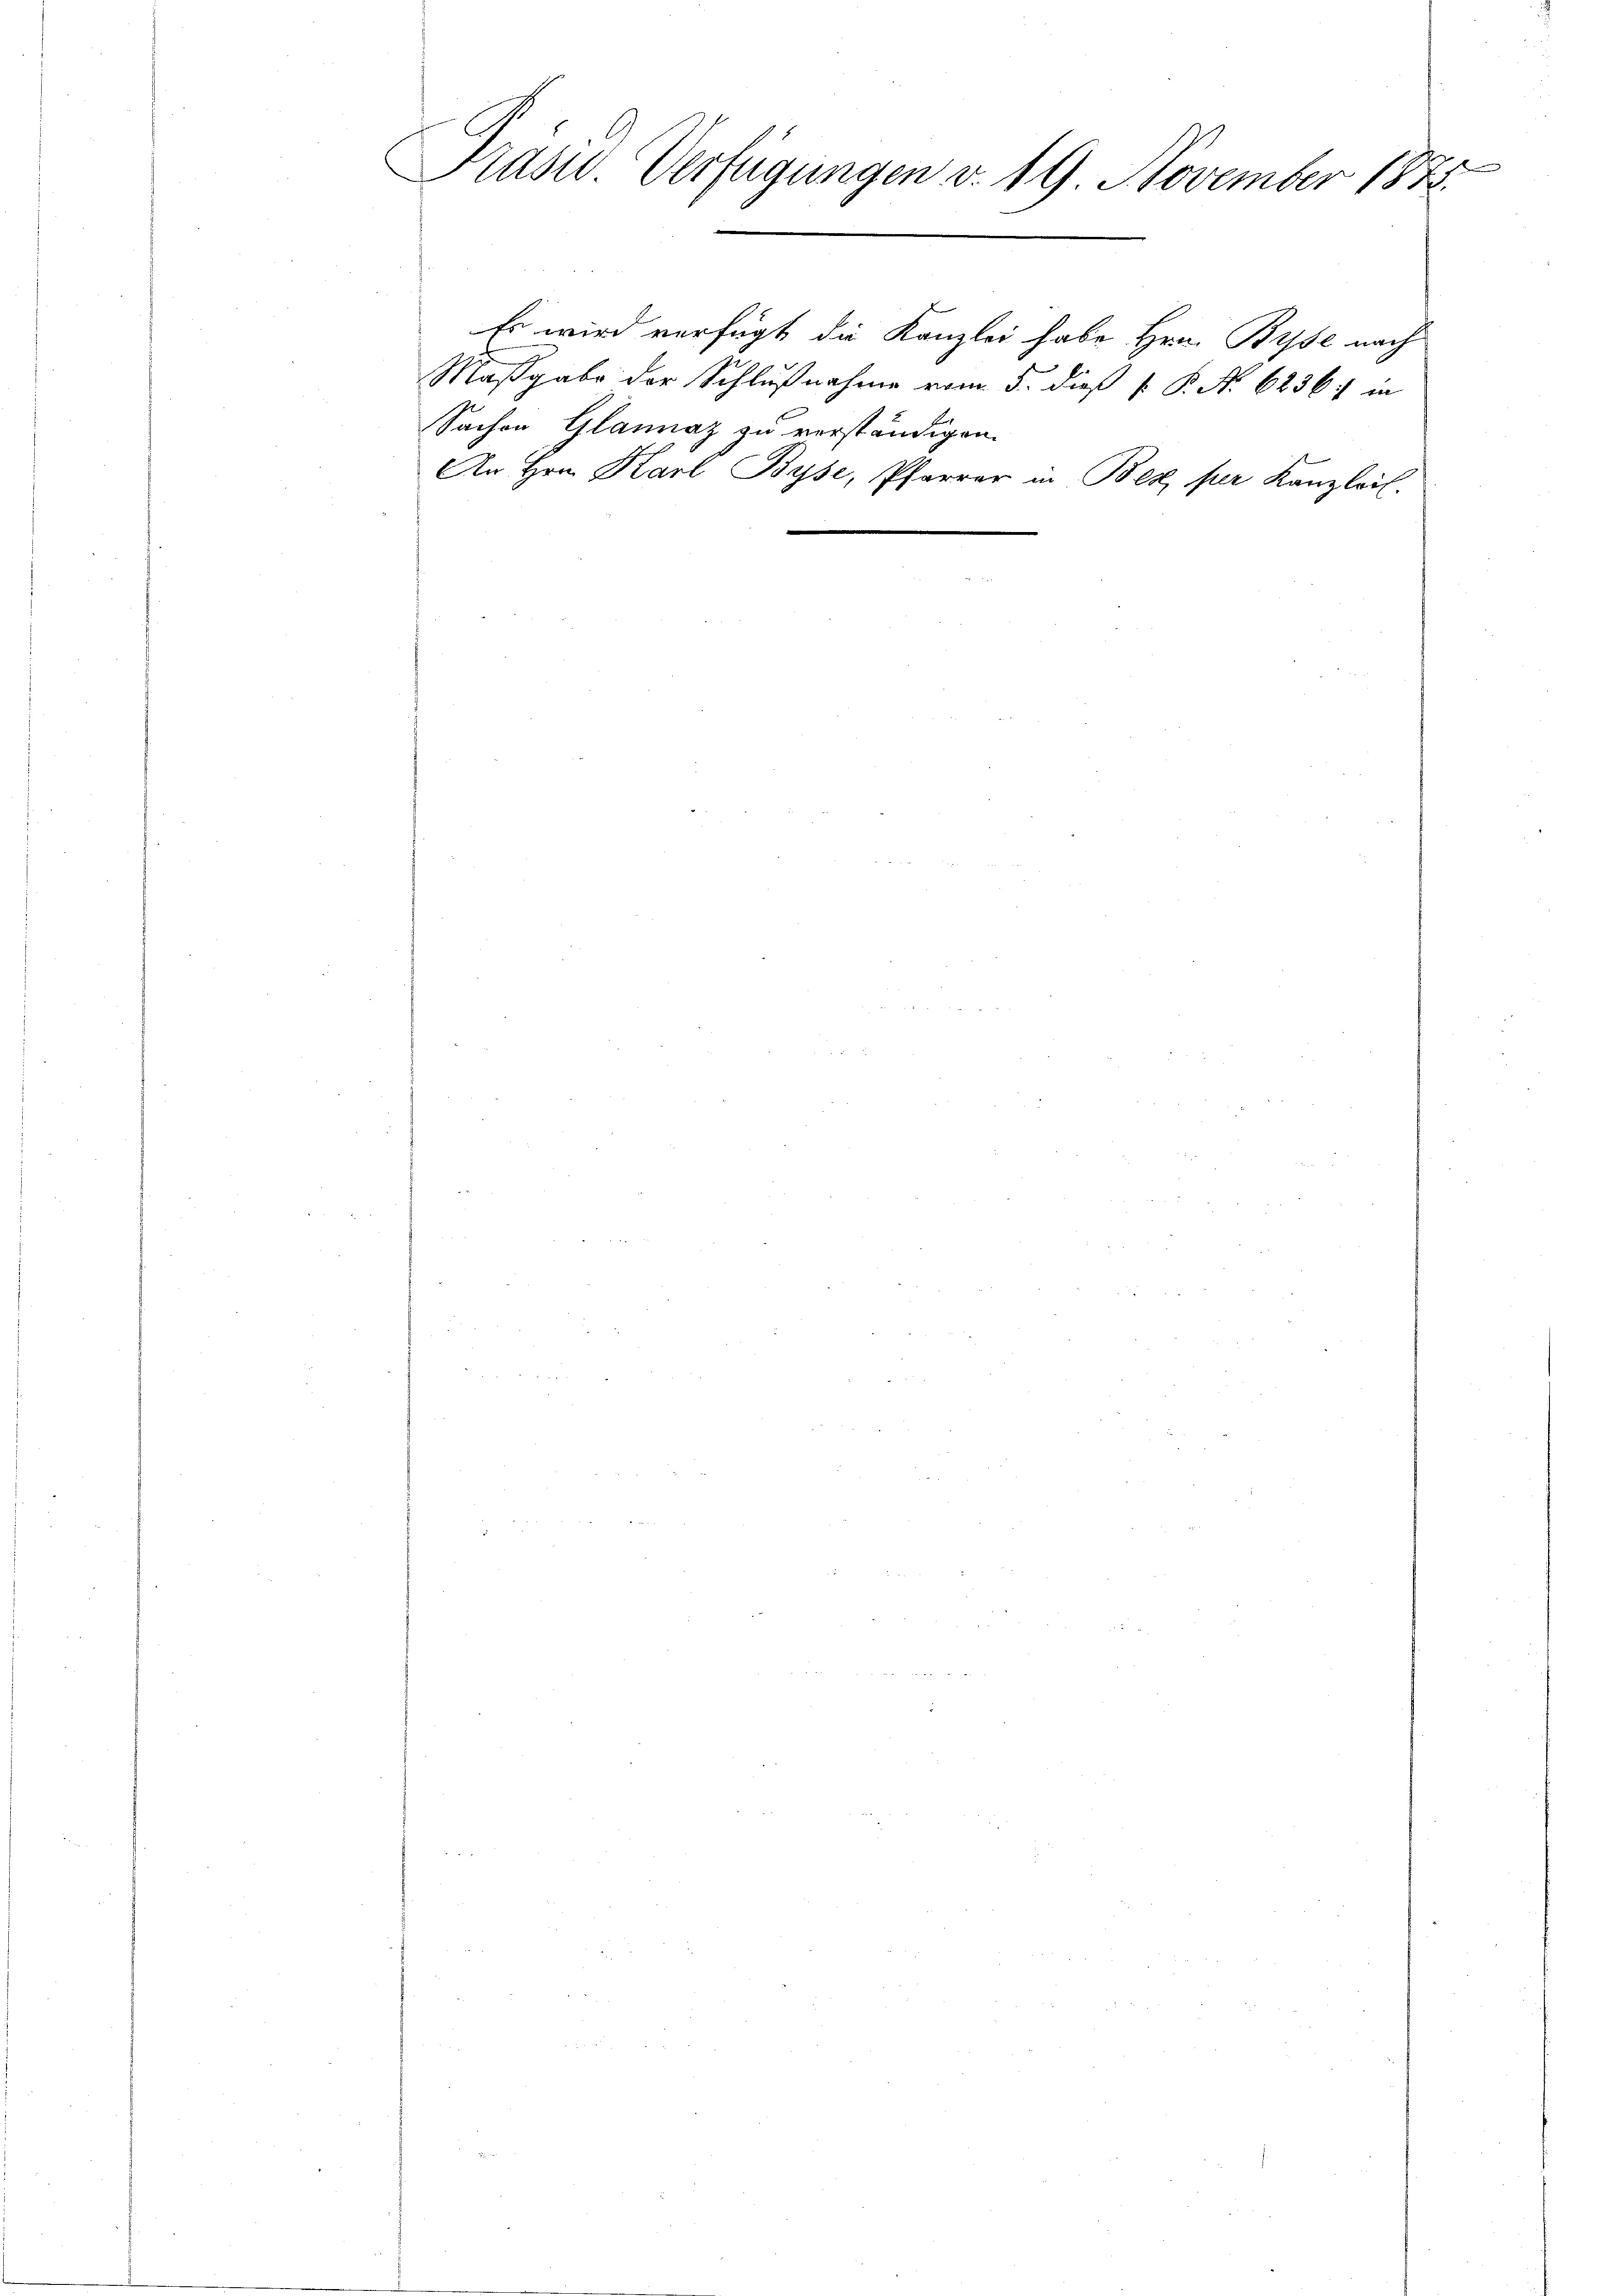
e
Präsid. Verfügungen v. 19. November 1875.

2
Es wird verfügt die Kanzlei habe Hrn. Bise nach
Sachen Glannaz zu verständigen.

Maßgabe der Schlußnahme vom 5. dieß P. P. N. 62367 in
An Hrn. Karl Byse, Pfarrer in Bez per Kanzleil.